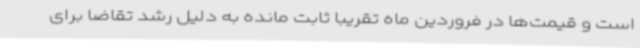
است و قیمت‌ها در فروردین ماه تقریبا ثابت مانده به دلیل رشد تقاضا برای